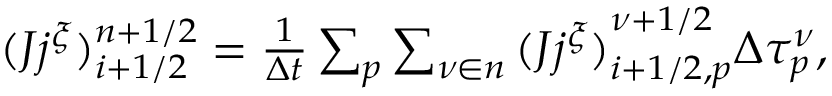
\begin{array} { r } { ( J j ^ { \xi } ) _ { i + 1 / 2 } ^ { n + 1 / 2 } = \frac { 1 } { \Delta t } \sum _ { p } \sum _ { \nu \in n } { ( J j ^ { \xi } ) } _ { i + 1 / 2 , p } ^ { \nu + 1 / 2 } \Delta \tau _ { p } ^ { \nu } , } \end{array}